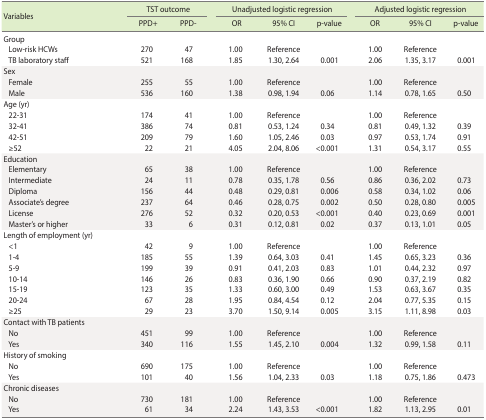
<table><thead><tr><td rowspan="2"><b>Variables</b></td><td colspan="2"><b>TST outcome</b></td><td colspan="3"><b>Unadjusted logistic regression</b></td><td colspan="3"><b>Adjusted logistic regression</b></td></tr><tr><td><b>PPD+</b></td><td><b>PPD-</b></td><td><b>OR</b></td><td><b>95% CI</b></td><td><b>p-value</b></td><td><b>OR</b></td><td><b>95% CI</b></td><td><b>p-value</b></td></tr></thead><tbody><tr><td>Group</td><td></td><td></td><td></td><td></td><td></td><td></td><td></td><td></td></tr><tr><td> Low-risk HCWs</td><td>270</td><td>47</td><td>1.00</td><td>Reference</td><td></td><td>1.00</td><td>Reference</td><td></td></tr><tr><td> TB laboratory staff</td><td>521</td><td>168</td><td>1.85</td><td>1.30,2.64</td><td>0.001</td><td>2.06</td><td>1.35, 3.17</td><td>0.001</td></tr><tr><td>Sex</td><td></td><td></td><td></td><td></td><td></td><td></td><td></td><td></td></tr><tr><td> Female</td><td>255</td><td>55</td><td>1.00</td><td>Reference</td><td></td><td>1.00</td><td>Reference</td><td></td></tr><tr><td> Male</td><td>536</td><td>160</td><td>1.38</td><td>0.98,1.94</td><td>0.06</td><td>1.14</td><td>0.78, 1.65</td><td>0.50</td></tr><tr><td>Age (yr)</td><td></td><td></td><td></td><td></td><td></td><td></td><td></td><td></td></tr><tr><td> 22-31</td><td>174</td><td>41</td><td>1.00</td><td>Reference</td><td></td><td>1.00</td><td>Reference</td><td></td></tr><tr><td> 32-41</td><td>386</td><td>74</td><td>0.81</td><td>0.53, 1.24</td><td>0.34</td><td>0.81</td><td>0.49, 1.32</td><td>0.39</td></tr><tr><td> 42-51</td><td>209</td><td>79</td><td>1.60</td><td>1.05, 2.46</td><td>0.03</td><td>0.97</td><td>0.53, 1.74</td><td>0.91</td></tr><tr><td> ≥52</td><td>22</td><td>21</td><td>4.05</td><td>2.04, 8.06</td><td>&lt;0.001</td><td>1.31</td><td>0.54, 3.17</td><td>0.55</td></tr><tr><td>Education</td><td></td><td></td><td></td><td></td><td></td><td></td><td></td><td></td></tr><tr><td> Elementary</td><td>65</td><td>38</td><td>1.00</td><td>Reference</td><td></td><td>1.00</td><td>Reference</td><td></td></tr><tr><td> Intermediate</td><td>24</td><td>11</td><td>0.78</td><td>0.35, 1.78</td><td>0.56</td><td>0.86</td><td>0.36, 2.02</td><td>0.73</td></tr><tr><td> Diploma</td><td>156</td><td>44</td><td>0.48</td><td>0.29, 0.81</td><td>0.006</td><td>0.58</td><td>0.34, 1.02</td><td>0.06</td></tr><tr><td> Associate&#x27;s degree</td><td>237</td><td>64</td><td>0.46</td><td>0.28, 0.75</td><td>0.002</td><td>0.50</td><td>0.28, 0.80</td><td>0.005</td></tr><tr><td> License</td><td>276</td><td>52</td><td>0.32</td><td>0.20, 0.53</td><td>&lt;0.001</td><td>0.40</td><td>0.23, 0.69</td><td>0.001</td></tr><tr><td> Master&#x27;s or higher</td><td>33</td><td>6</td><td>0.31</td><td>0.12, 0.81</td><td>0.02</td><td>0.37</td><td>0.13, 1.01</td><td>0.05</td></tr><tr><td>Length of employment (yr)</td><td></td><td></td><td></td><td></td><td></td><td></td><td></td><td></td></tr><tr><td> &lt;1</td><td>42</td><td>9</td><td>1.00</td><td>Reference</td><td></td><td>1.00</td><td>Reference</td><td></td></tr><tr><td> 1-4</td><td>185</td><td>55</td><td>1.39</td><td>0.64, 3.03</td><td>0.41</td><td>1.45</td><td>0.65, 3.23</td><td>0.36</td></tr><tr><td> 5-9</td><td>199</td><td>39</td><td>0.91</td><td>0.41, 2.03</td><td>0.83</td><td>1.01</td><td>0.44, 2.32</td><td>0.97</td></tr><tr><td> 10-14</td><td>146</td><td>26</td><td>0.83</td><td>0.36, 1.90</td><td>0.66</td><td>0.90</td><td>0.37, 2.19</td><td>0.82</td></tr><tr><td> 15-19</td><td>123</td><td>35</td><td>1.33</td><td>0.60, 3.00</td><td>0.49</td><td>1.53</td><td>0.63, 3.67</td><td>0.35</td></tr><tr><td> 20-24</td><td>67</td><td>28</td><td>1.95</td><td>0.84, 4.54</td><td>0.12</td><td>2.04</td><td>0.77, 5.35</td><td>0.15</td></tr><tr><td> ≥25</td><td>29</td><td>23</td><td>3.70</td><td>1.50, 9.14</td><td>0.005</td><td>3.15</td><td>1.11, 8.98</td><td>0.03</td></tr><tr><td>Contact with TB patients</td><td></td><td></td><td></td><td></td><td></td><td></td><td></td><td></td></tr><tr><td> No</td><td>451</td><td>99</td><td>1.00</td><td>Reference</td><td></td><td>1.00</td><td>Reference</td><td></td></tr><tr><td> Yes</td><td>340</td><td>116</td><td>1.55</td><td>1.45, 2.10</td><td>0.004</td><td>1.32</td><td>0.99, 1.58</td><td>0.11</td></tr><tr><td>History of smoking</td><td></td><td></td><td></td><td></td><td></td><td></td><td></td><td></td></tr><tr><td> No</td><td>690</td><td>175</td><td>1.00</td><td>Reference</td><td></td><td>1.00</td><td>Reference</td><td></td></tr><tr><td> Yes</td><td>101</td><td>40</td><td>1.56</td><td>1.04, 2.33</td><td>0.03</td><td>1.18</td><td>0.75, 1.86</td><td>0.473</td></tr><tr><td>Chronic diseases</td><td></td><td></td><td></td><td></td><td></td><td></td><td></td><td></td></tr><tr><td> No</td><td>730</td><td>181</td><td>1.00</td><td>Reference</td><td></td><td>1.00</td><td>Reference</td><td></td></tr><tr><td> Yes</td><td>61</td><td>34</td><td>2.24</td><td>1.43, 3.53</td><td>&lt;0.001</td><td>1.82</td><td>1.13, 2.95</td><td>0.01</td></tr></tbody></table>